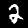
Digit: 2